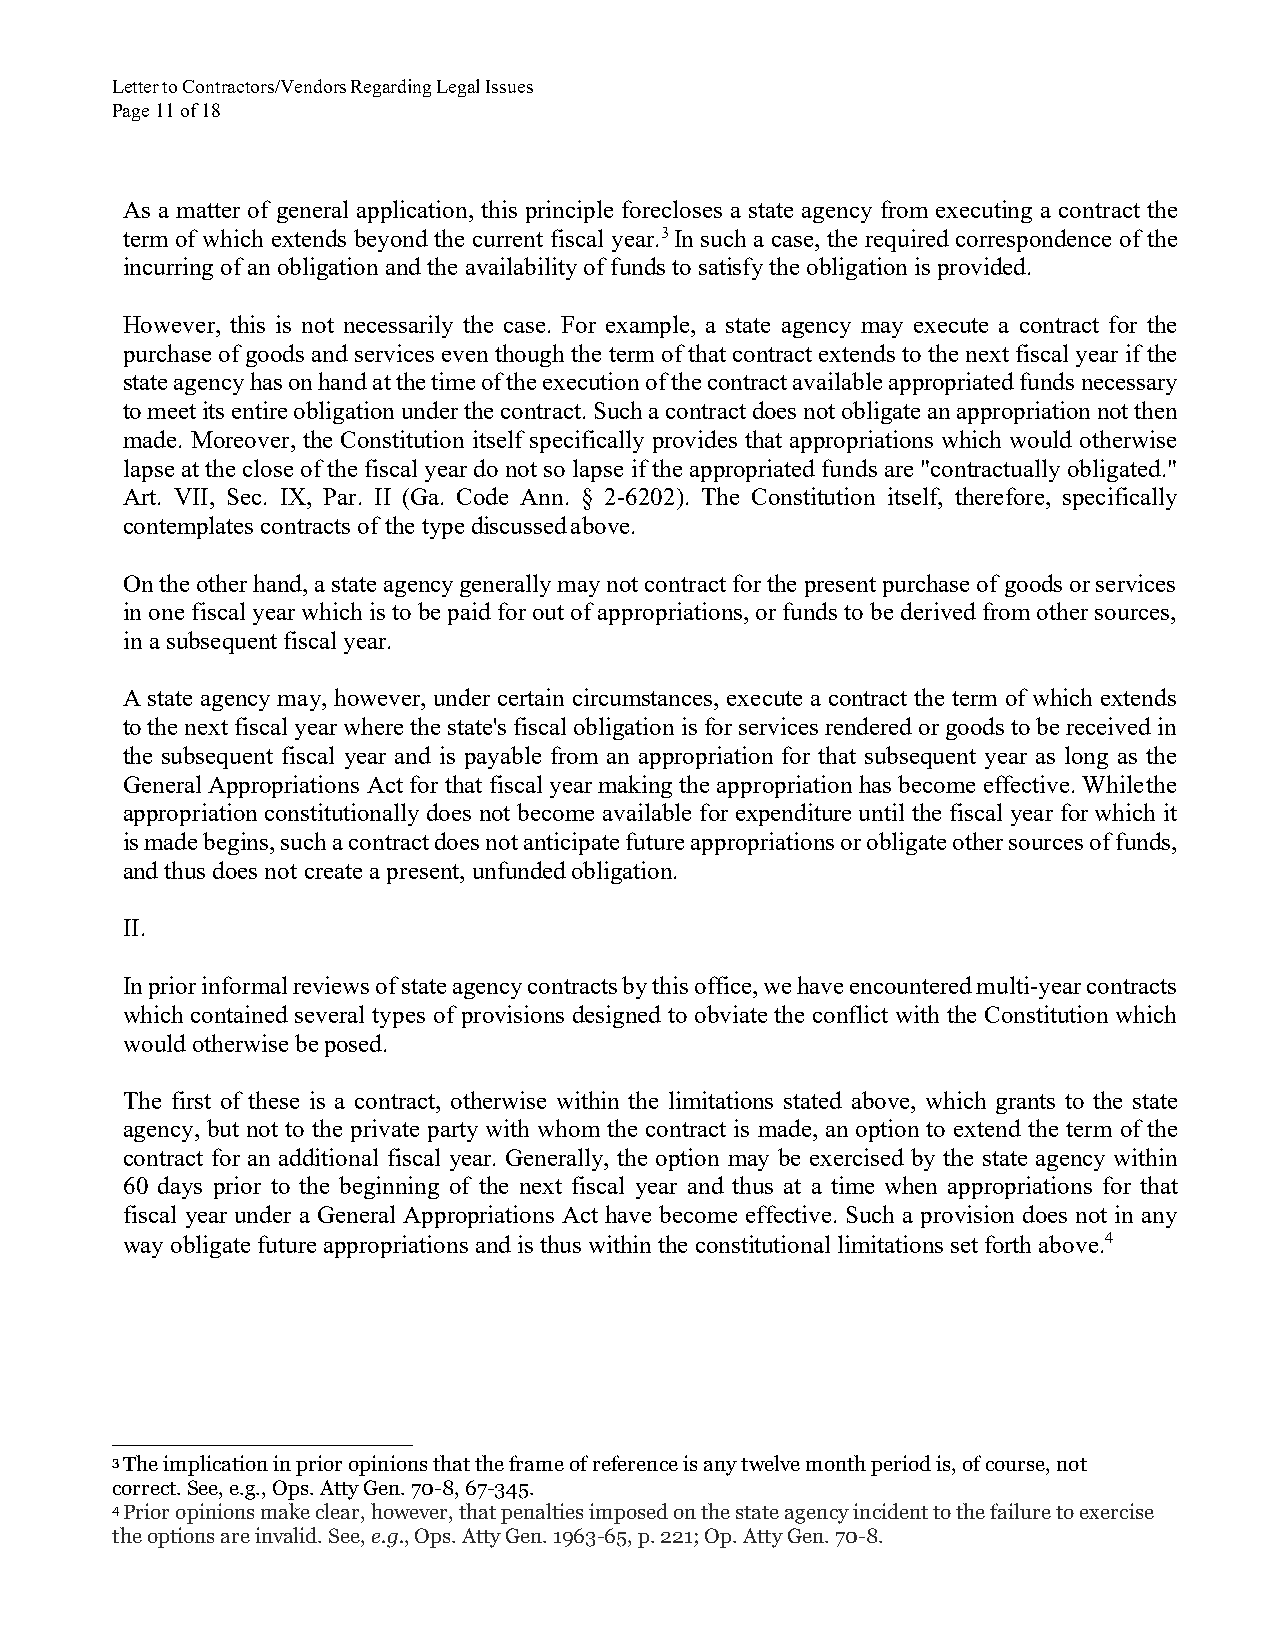
Letter to Contractors/Vendors Regarding Legal Issues
 Page 11 of 18
 As a matter of general application, this principle forecloses a state agency from executing a contract the
 term of which extends beyond the current fiscal year.3 In such a case, the required correspondence of the
 incurring of an obligation and the availability of funds to satisfy the obligation is provided.
 However, this is not necessarily the case. For example, a state agency may execute a contract for the
 purchase of goods and services even though the term of that contract extends to the next fiscal year if the
 state agency has on hand at the time of the execution of the contract available appropriated funds necessary
 to meet its entire obligation under the contract. Such a contract does not obligate an appropriation not then
 made. Moreover, the Constitution itself specifically provides that appropriations which would otherwise
 lapse at the close of the fiscal year do not so lapse if the appropriated funds are "contractually obligated."
 Art. VII, Sec. IX, Par. II (Ga. Code Ann. § 2-6202). The Constitution itself, therefore, specifically
 contemplates contracts of the type discussed above.
 On the other hand, a state agency generally may not contract for the present purchase of goods or services
 in one fiscal year which is to be paid for out of appropriations, or funds to be derived from other sources,
 in a subsequent fiscal year.
 A state agency may, however, under certain circumstances, execute a contract the term of which extends
 to the next fiscal year where the state's fiscal obligation is for services rendered or goods to be received in
 the subsequent fiscal year and is payable from an appropriation for that subsequent year as long as the
 General Appropriations Act for that fiscal year making the appropriation has become effective. While the
 appropriation constitutionally does not become available for expenditure until the fiscal year for which it
 is made begins, such a contract does not anticipate future appropriations or obligate other sources of funds,
 and thus does not create a present, unfunded obligation.
 II.
 In prior informal reviews of state agency contracts by this office, we have encountered multi-year contracts
 which contained several types of provisions designed to obviate the conflict with the Constitution which
 would otherwise be posed.
 The first of these is a contract, otherwise within the limitations stated above, which grants to the state
 agency, but not to the private party with whom the contract is made, an option to extend the term of the
 contract for an additional fiscal year. Generally, the option may be exercised by the state agency within
 60 days prior to the beginning of the next fiscal year and thus at a time when appropriations for that
 fiscal year under a General Appropriations Act have become effective. Such a provision does not in any
 way obligate future appropriations and is thus within the constitutional limitations set forth above.4
 3 The implication in prior opinions that the frame of reference is any twelve month period is, of course, not
 correct. See, e.g., Ops. Atty Gen. 70-8, 67-345.
 4 Prior opinions make clear, however, that penalties imposed on the state agency incident to the failure to exercise
 the options are invalid. See, e.g., Ops. Atty Gen. 1963-65, p. 221; Op. Atty Gen. 70-8.